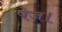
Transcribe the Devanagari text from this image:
पेज।